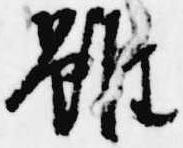
雖